Indian journal of veterinary science and animal husbandry - Volumes 24-25, 1954-1955
Year: 1954
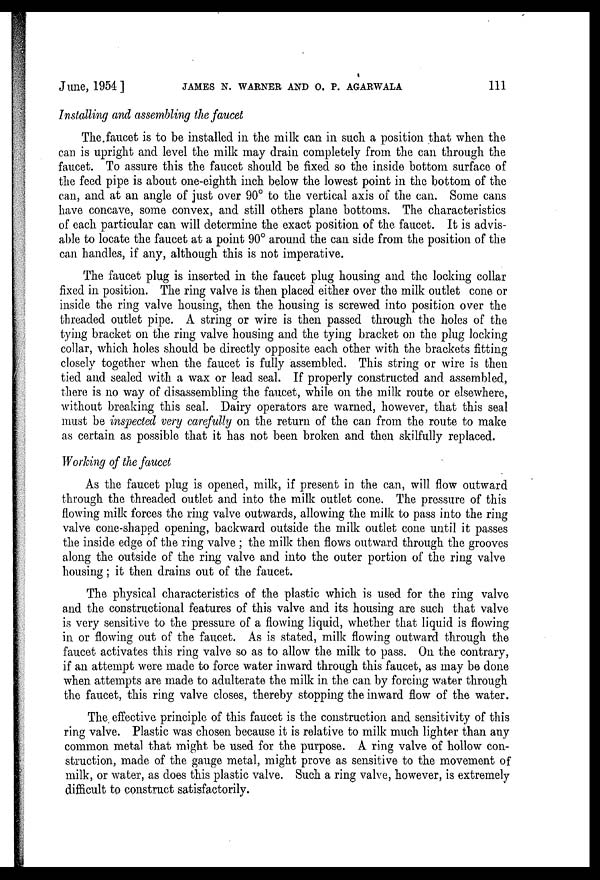
June, 1954]
JAMES
N.
WARNER
AND
O.
P.
AGARWALA
111
Installing and assembling the faucet
The faucet is to be installed in the milk can in such a position that when the
can is upright and level the milk may drain completely from the can through the
faucet. To assure this the faucet should be fixed so the inside bottom surface of
the feed pipe is about one-eighth inch below the lowest point in the bottom of the
can, and at an angle of just over 90° to the vertical axis of the can. Some cans
have concave, some convex, and still others plane bottoms. The characteristics
of each particular can will determine the exact position of the faucet. It is advis-
able to locate the faucet at a point 90° around the can side from the position of the
can handles, if any, although this is not imperative.
The faucet plug is inserted in the faucet plug housing and the locking collar
fixed in position. The ring valve is then placed either over the milk outlet cone or
inside the ring valve housing, then the housing is screwed into position over the
threaded outlet pipe. A string or wire is then passed through the holes of the
tying bracket on the ring valve housing and the tying bracket on the plug locking
collar, which holes should be directly opposite each other with the brackets fitting
closely together when the faucet is fully assembled. This string or wire is then
tied and sealed with a wax or lead seal. If properly constructed and assembled,
there is no way of disassembling the faucet, while on the milk route or elsewhere,
without breaking this seal. Dairy operators are warned, however, that this seal
must be inspected very carefully on the return of the can from the route to make
as certain as possible that it has not been broken and then skilfully replaced.
Working of the faucet
As the faucet plug is opened, milk, if present in the can, will flow outward
through the threaded outlet and into the milk outlet cone. The pressure of this
flowing milk forces the ring valve outwards, allowing the milk to pass into the ring
valve cone-shaped opening, backward outside the milk outlet cone until it passes
the inside edge of the ring valve; the milk then flows outward through the grooves
along the outside of the ring valve and into the outer portion of the ring valve
housing; it then drains out of the faucet.
The physical characteristics of the plastic which is used for the ring valve
and the constructional features of this valve and its housing are such that valve
is very sensitive to the pressure of a flowing liquid, whether that liquid is flowing
in or flowing out of the faucet. As is stated, milk flowing outward through the
faucet activates this ring valve so as to allow the milk to pass. On the contrary,
if an attempt were made to force water inward through this faucet, as may be done
when attempts are made to adulterate the milk in the can by forcing water through
the faucet, this ring valve closes, thereby stopping the inward flow of the water.
The effective principle of this faucet is the construction and sensitivity of this
ring valve. Plastic was chosen because it is relative to milk much lighter than any
common metal that might be used for the purpose. A ring valve of hollow con-
struction, made of the gauge metal, might prove as sensitive to the movement of
milk, or water, as does this plastic valve. Such a ring valve, however, is extremely
difficult to construct satisfactorily.